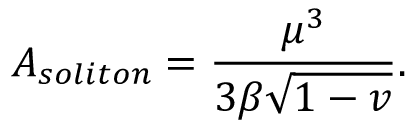
A _ { s o l i t o n } = \frac { \mu ^ { 3 } } { 3 \beta \sqrt { 1 - v } } .